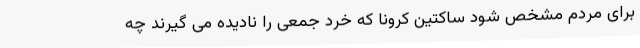
برای مردم مشخص شود ساکتین کرونا که خرد جمعی را نادیده می گیرند چه